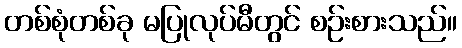
တစ်စုံတစ်ခု မပြုလုပ်မီတွင် စဉ်းစားသည်။